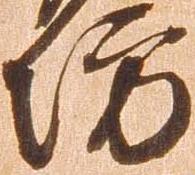
坊